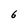
Character: 6